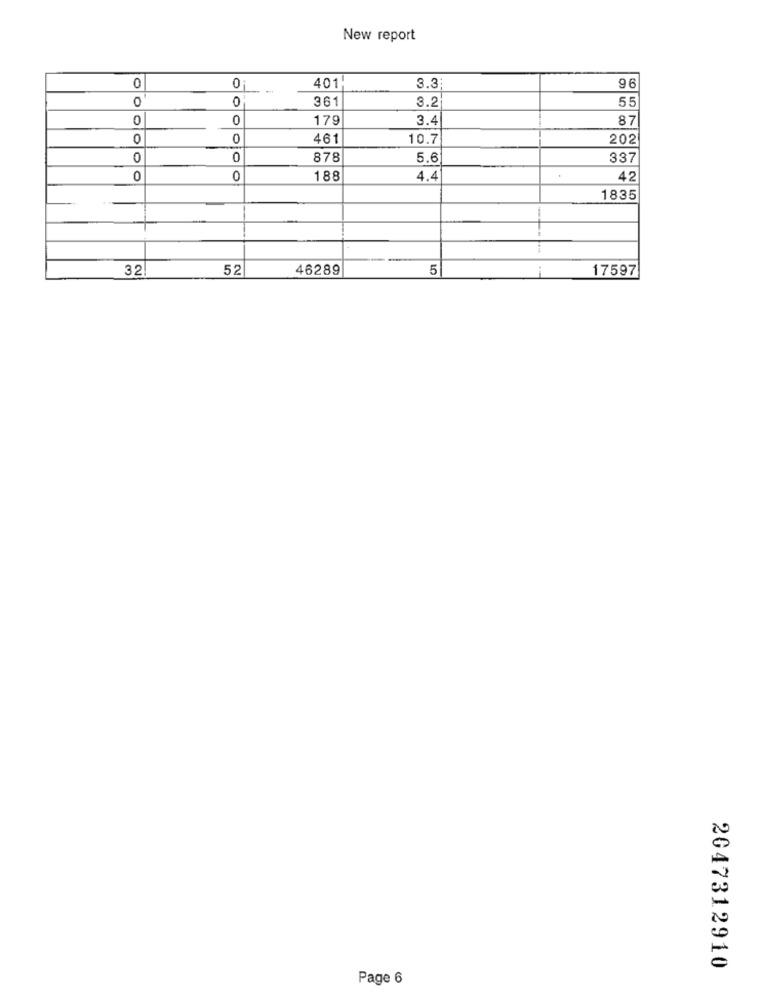
New report
0
0
401
96
3.3:
0
0
361
3.2
55
0
0
179
3.4
87
0
0
461
10.7
202
0
0
878
5.6
337
0
188
4.4
42
1835
32
52
46289
5
1
17597
2047312910
Page 6